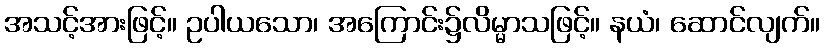
အသင့်အားဖြင့်။ ဥပါယသော၊ အကြောင်း၌လိမ္မာသဖြင့်။ နယံ၊ ဆောင်လျက်။